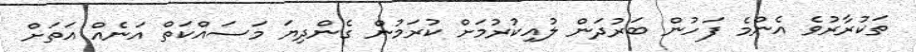
ތަކުރާރުވެ އެންމެ ފަހުން ބަރުދަން ލުއިކުރުމަށް ކުރަމުން ގެންދިޔަ މަސައްކަތް އަނެއް އަތަށް